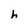
Character: h